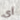
أي